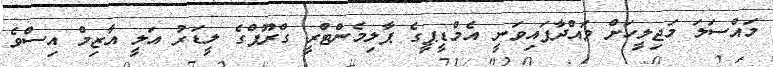
މައްސަލަ މަޖިލީހަށް ވައްދާފައިވަނީ އެމްޑީޕީގެ ޕާލިމެންޓްރީ ގްރޫޕްގެ ލީޑަރު އަލީ އާޒިމް އިސްވެ